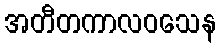
အတီတကာလဝသေန